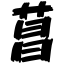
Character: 菖